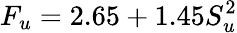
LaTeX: F_{u}=2.65+1.45S_{u}^{2}